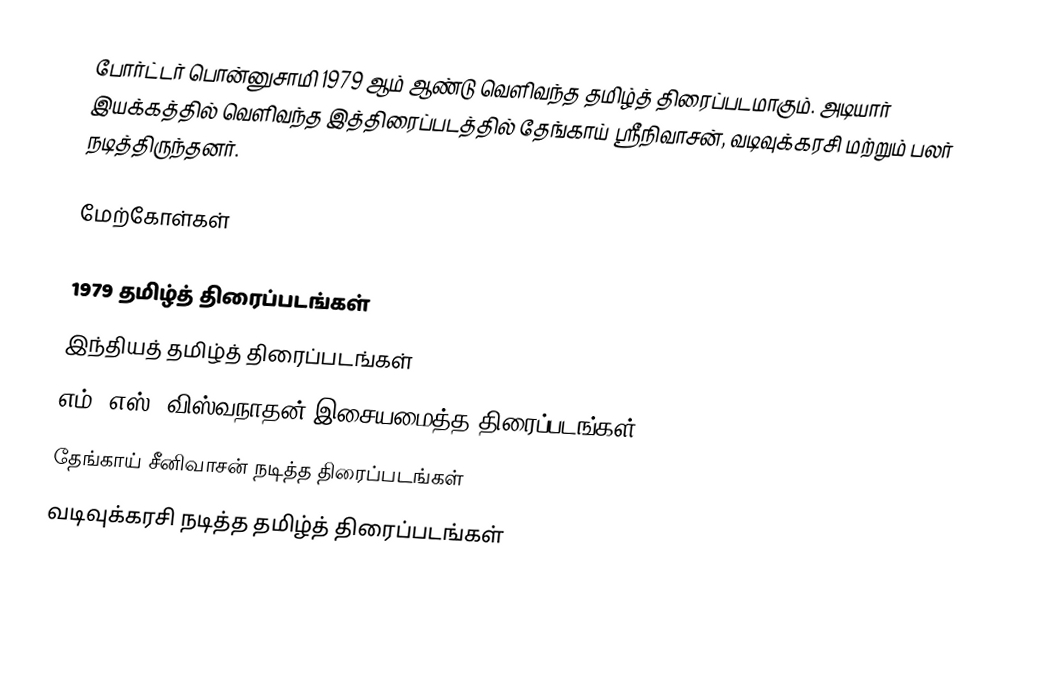
போர்ட்டர் பொன்னுசாமி 1979 ஆம் ஆண்டு வெளிவந்த தமிழ்த் திரைப்படமாகும். அடியார் இயக்கத்தில் வெளிவந்த இத்திரைப்படத்தில் தேங்காய் ஸ்ரீநிவாசன், வடிவுக்கரசி மற்றும் பலர் நடித்திருந்தனர்.

மேற்கோள்கள்

1979 தமிழ்த் திரைப்படங்கள்
இந்தியத் தமிழ்த் திரைப்படங்கள்
எம். எஸ். விஸ்வநாதன் இசையமைத்த திரைப்படங்கள்
தேங்காய் சீனிவாசன் நடித்த திரைப்படங்கள்
வடிவுக்கரசி நடித்த தமிழ்த் திரைப்படங்கள்